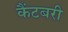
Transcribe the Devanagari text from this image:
कैंटबरी